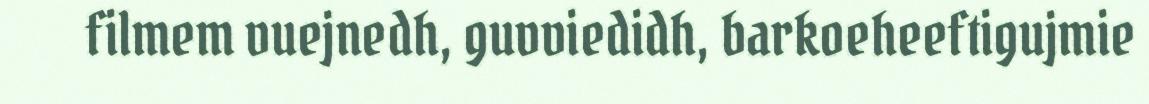
filmem vuejnedh, guvviedidh, barkoeheeftigujmie